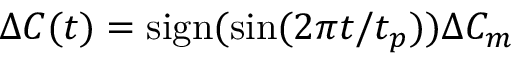
\Delta C ( t ) = \mathrm { s i g n } ( \sin ( 2 \pi t / t _ { p } ) ) \Delta C _ { m }